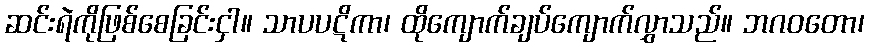
ဆင်းရဲကိုဖြစ်စေခြင်းငှါ။ သာပပဋိကာ၊ ထိုကျောက်ချပ်ကျောက်လွှာသည်။ ဘဂဝတော၊